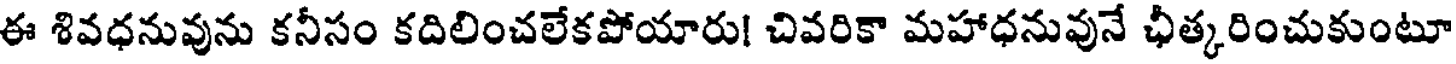
ఈ శివధనువును కనీసం కదిలించలేకపోయారు! చివరికా మహాధనువునే ఛీత్కరించుకుంటూ